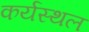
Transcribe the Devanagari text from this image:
कर्यस्थल